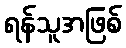
ရန်သူအဖြစ်